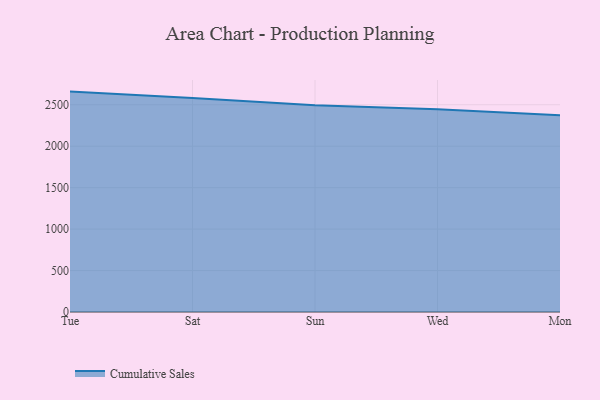
{"axis": {"x": "Day", "y": "Active Users"}, "legend": ["Cumulative Sales"], "data": [{"x": "Tue", "y": 2658.6, "type": "Cumulative Sales"}, {"x": "Sat", "y": 2582.4, "type": "Cumulative Sales"}, {"x": "Sun", "y": 2493.8, "type": "Cumulative Sales"}, {"x": "Wed", "y": 2446.0, "type": "Cumulative Sales"}, {"x": "Mon", "y": 2372.2, "type": "Cumulative Sales"}]}